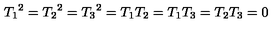
{ T _ { 1 } } ^ { 2 } = { T _ { 2 } } ^ { 2 } = { T _ { 3 } } ^ { 2 } = T _ { 1 } T _ { 2 } = T _ { 1 } T _ { 3 } = T _ { 2 } T _ { 3 } = 0